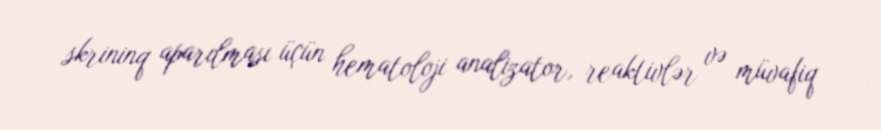
skrininq aparılması üçün hematoloji analizator, reaktivlər və müvafiq